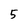
Character: 5